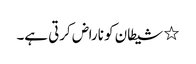
٭ شیطان کو ناراض کرتی ہے۔